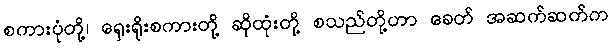
စကားပုံတို့၊ ရှေးရိုးစကားတို့ ဆိုထုံးတို့ စသည်တို့ဟာ ခေတ် အဆက်ဆက်က